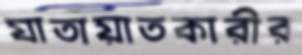
যাতায়াতকারীর